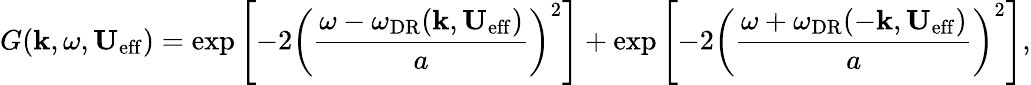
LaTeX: G(\mathbf{k},\omega,\mathbf{U}_{\mathrm{eff}})=\mathrm{exp}\left[-2\left(\frac{\omega-\omega_{\mathrm{DR}}(\mathbf{k},\mathbf{U}_{\mathrm{eff}})}{a}\right)^{2}\right]+\mathrm{exp}\left[-2\left(\frac{\omega+\omega_{\mathrm{DR}}(-\mathbf{k},\mathbf{U}_{\mathrm{eff}})}{a}\right)^{2}\right],